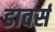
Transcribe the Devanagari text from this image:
डावर्स